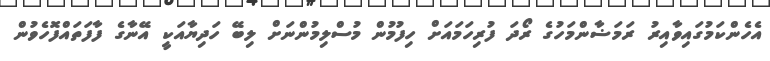
އެހެންކަމުގައިވާއިރު ރަމަޟާންމަހުގެ ރޯދަ ފުރިހަމައަށް ހިފުމުން މުސްލިމުންނަށް ލިބޭ ހަދިޔާއަކީ އޭނާގެ ފާފަތައްފޮހެވުން